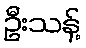
ဦးသန့်